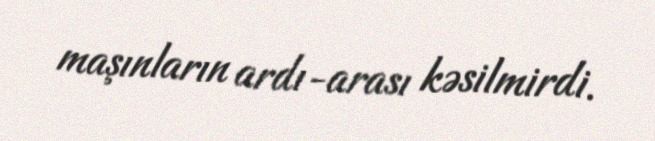
maşınların ardı-arası kəsilmirdi.